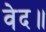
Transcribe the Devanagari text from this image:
वेद॥